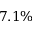
7 . 1 \%